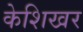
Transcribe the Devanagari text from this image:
केशिखर